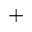
+